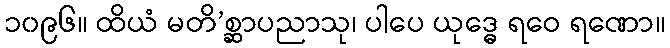
၁၀၉၆။ ထိယံ မတိ’စ္ဆာပညာသု၊ ပါပေ ယုဒ္ဓေ ရဝေ ရဏော။